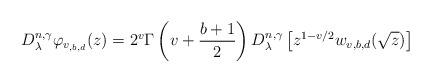
LaTeX: \begin{align*}D_{\lambda }^{n,\gamma }\varphi _{v_{,b,d}}(z)=2^{v}\Gamma \left( v+\frac{b+1}{2}\right) D_{\lambda }^{n,\gamma }\left[ z^{1-v/2}w_{v,b,d}(\sqrt{z})\right] \end{align*}